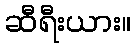
ဆီရီးယား။